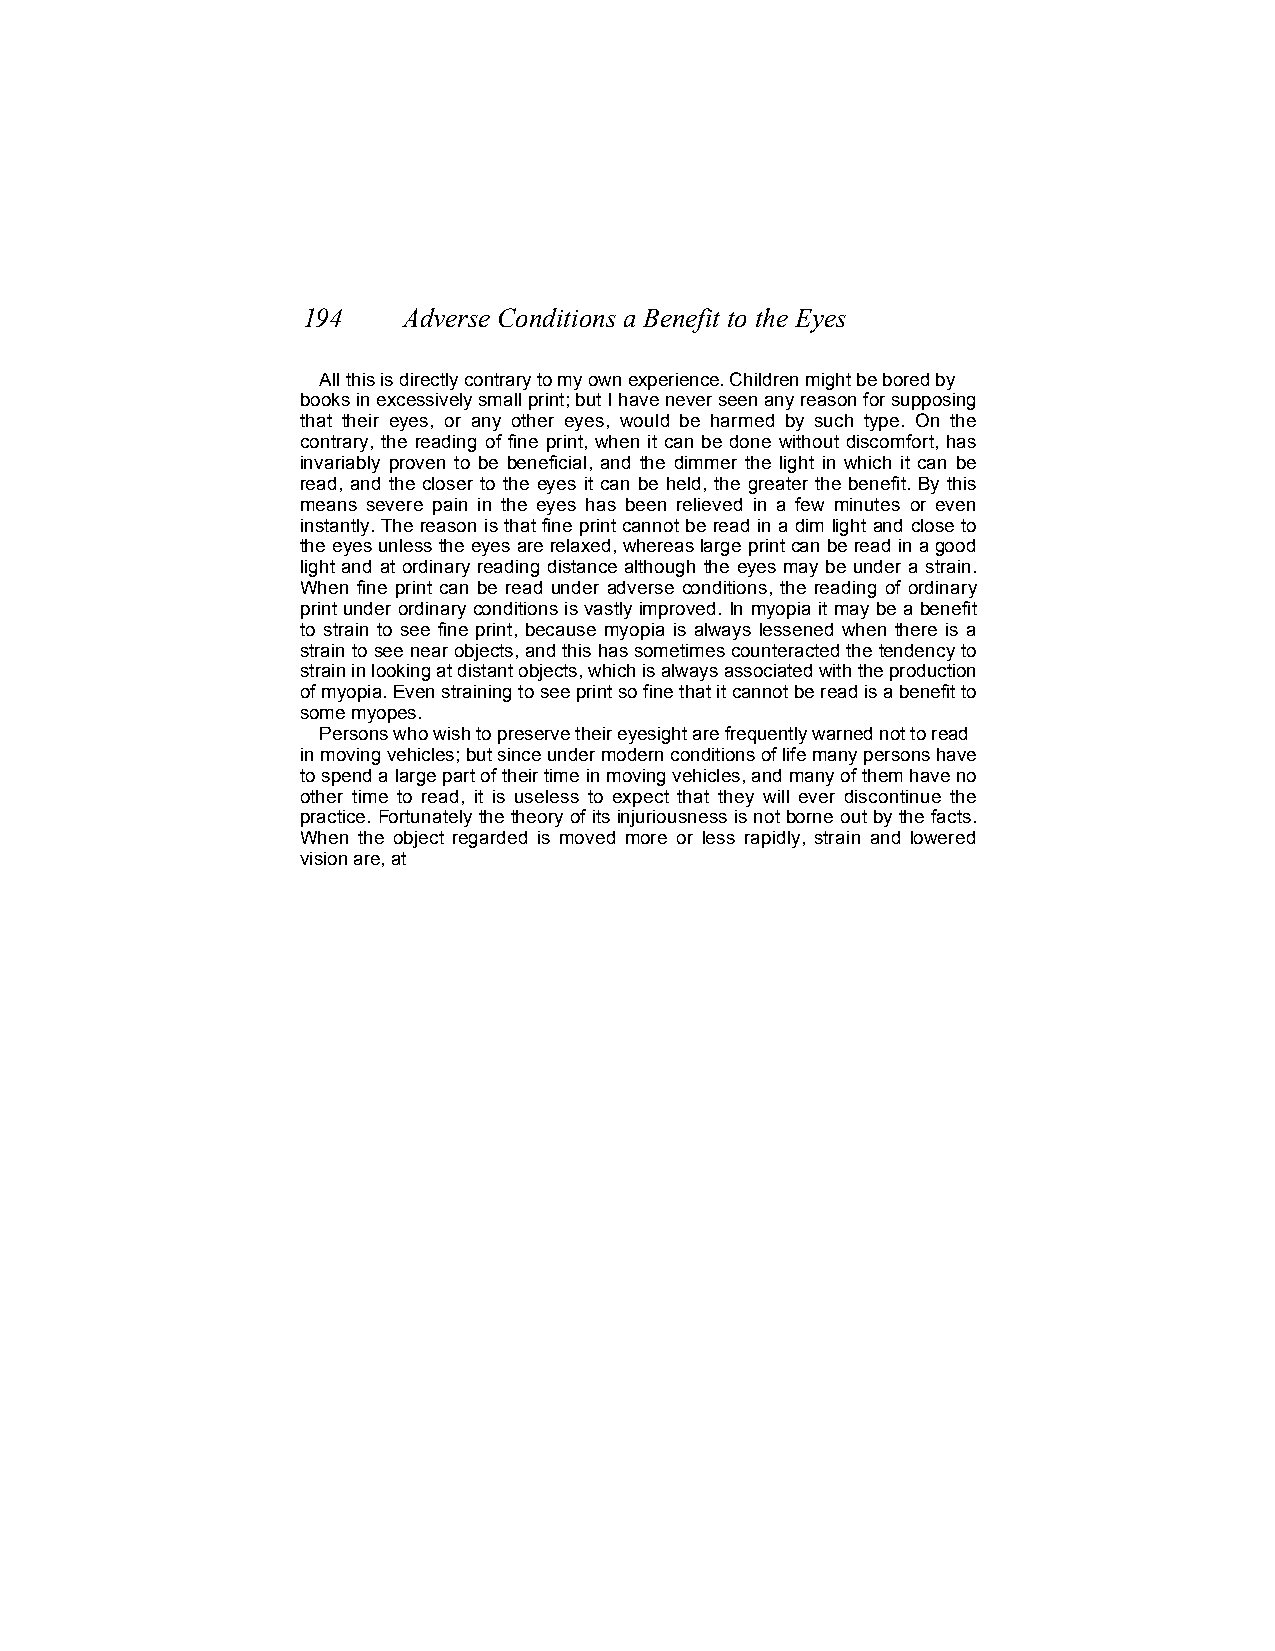
194    Adverse Conditions a Benefit to the Eyes
 All this is directly contrary to my own experience. Children might be bored by
 books in excessively small print; but I have never seen any reason for supposing
 that their eyes, or any other eyes, would be harmed by such type. On the
 contrary, the reading of fine print, when it can be done without discomfort, has
 invariably proven to be beneficial, and the dimmer the light in which it can be
 read, and the closer to the eyes it can be held, the greater the benefit. By this
 means severe pain in the eyes has been relieved in a few minutes or even
 instantly. The reason is that fine print cannot be read in a dim light and close to
 the eyes unless the eyes are relaxed, whereas large print can be read in a good
 light and at ordinary reading distance although the eyes may be under a strain.
 When fine print can be read under adverse conditions, the reading of ordinary
 print under ordinary conditions is vastly improved. In myopia it may be a benefit
 to strain to see fine print, because myopia is always lessened when there is a
 strain to see near objects, and this has sometimes counteracted the tendency to
 strain in looking at distant objects, which is always associated with the production
 of myopia. Even straining to see print so fine that it cannot be read is a benefit to
 some myopes.
 Persons who wish to preserve their eyesight are frequently warned not to read
 in moving vehicles; but since under modern conditions of life many persons have
 to spend a large part of their time in moving vehicles, and many of them have no
 other time to read, it is useless to expect that they will ever discontinue the
 practice. Fortunately the theory of its injuriousness is not borne out by the facts.
 When the object regarded is moved more or less rapidly, strain and lowered
 vision are, at